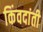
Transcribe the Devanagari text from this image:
किंवदांती